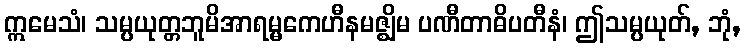
ဣမေသံ၊ သမ္ပယုတ္တဘူမိအာရမ္မကေဟီနမဇ္ဈိမ ပဏီတာဓိပတီနံ၊ ဤသမ္ပယုတ်, ဘုံ,